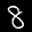
Label: 8